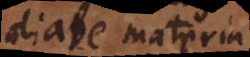
aliave materia